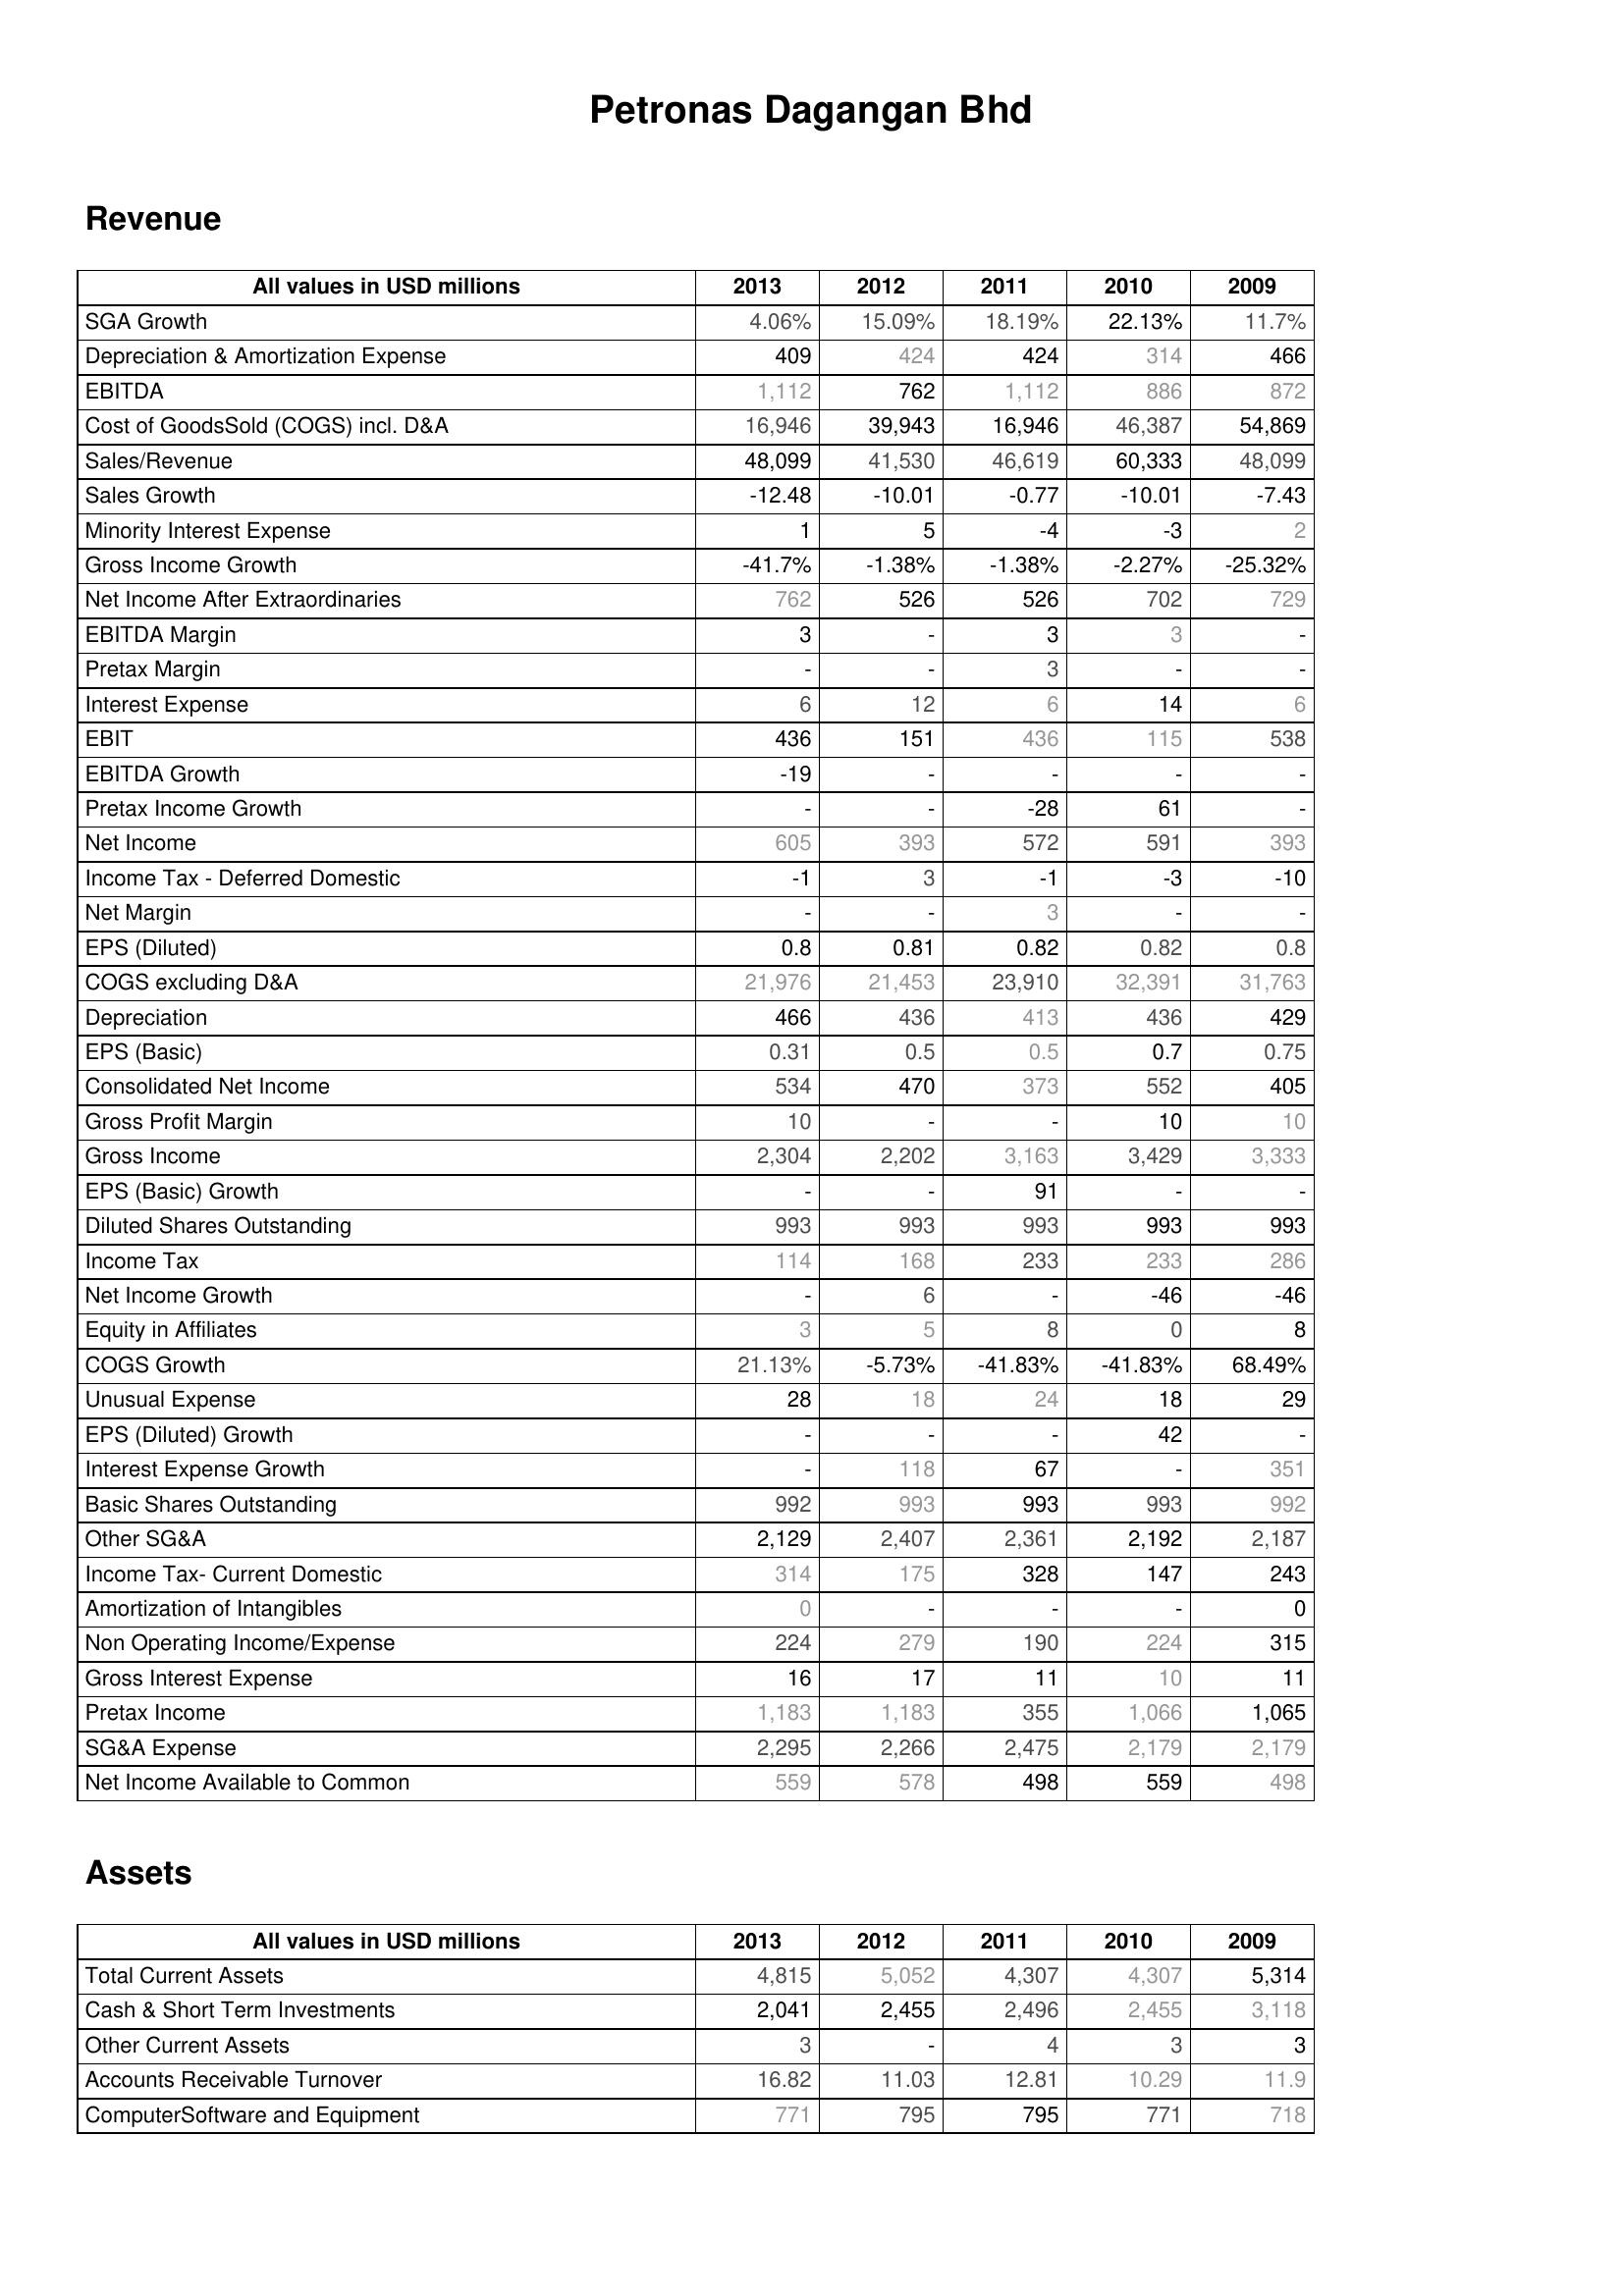
2013: Revenue: SGA Growth: 4.06%
Depreciation & Amortization Expense: 409
EBITDA: 1,112
Cost of GoodsSold (COGS) incl. D&A: 16,946
Sales/Revenue: 48,099
Sales Growth: -12.48
Minority Interest Expense: 1
Gross Income Growth: -41.7%
Net Income After Extraordinaries: 762
EBITDA Margin: 3
Pretax Margin: -
Interest Expense: 6
EBIT: 436
EBITDA Growth: -19
Pretax Income Growth: -
Net Income: 605
Income Tax - Deferred Domestic: -1
Net Margin: -
EPS (Diluted): 0.8
COGS excluding D&A: 21,976
Depreciation: 466
EPS (Basic): 0.31
Consolidated Net Income: 534
Gross Profit Margin: 10
Gross Income: 2,304
EPS (Basic) Growth: -
Diluted Shares Outstanding: 993
Income Tax: 114
Net Income Growth: -
Equity in Affiliates: 3
COGS Growth: 21.13%
Unusual Expense: 28
EPS (Diluted) Growth: -
Interest Expense Growth: -
Basic Shares Outstanding: 992
Other SG&A: 2,129
Income Tax- Current Domestic: 314
Amortization of Intangibles: 0
Non Operating Income/Expense: 224
Gross Interest Expense: 16
Pretax Income: 1,183
SG&A Expense: 2,295
Net Income Available to Common: 559
Assets: Total Current Assets: 4,815
Cash & Short Term Investments: 2,041
Other Current Assets: 3
Accounts Receivable Turnover: 16.82
ComputerSoftware and Equipment: 771
2012: Revenue: SGA Growth: 15.09%
Depreciation & Amortization Expense: 424
EBITDA: 762
Cost of GoodsSold (COGS) incl. D&A: 39,943
Sales/Revenue: 41,530
Sales Growth: -10.01
Minority Interest Expense: 5
Gross Income Growth: -1.38%
Net Income After Extraordinaries: 526
EBITDA Margin: -
Pretax Margin: -
Interest Expense: 12
EBIT: 151
EBITDA Growth: -
Pretax Income Growth: -
Net Income: 393
Income Tax - Deferred Domestic: 3
Net Margin: -
EPS (Diluted): 0.81
COGS excluding D&A: 21,453
Depreciation: 436
EPS (Basic): 0.5
Consolidated Net Income: 470
Gross Profit Margin: -
Gross Income: 2,202
EPS (Basic) Growth: -
Diluted Shares Outstanding: 993
Income Tax: 168
Net Income Growth: 6
Equity in Affiliates: 5
COGS Growth: -5.73%
Unusual Expense: 18
EPS (Diluted) Growth: -
Interest Expense Growth: 118
Basic Shares Outstanding: 993
Other SG&A: 2,407
Income Tax- Current Domestic: 175
Amortization of Intangibles: -
Non Operating Income/Expense: 279
Gross Interest Expense: 17
Pretax Income: 1,183
SG&A Expense: 2,266
Net Income Available to Common: 578
Assets: Total Current Assets: 5,052
Cash & Short Term Investments: 2,455
Other Current Assets: -
Accounts Receivable Turnover: 11.03
ComputerSoftware and Equipment: 795
2011: Revenue: SGA Growth: 18.19%
Depreciation & Amortization Expense: 424
EBITDA: 1,112
Cost of GoodsSold (COGS) incl. D&A: 16,946
Sales/Revenue: 46,619
Sales Growth: -0.77
Minority Interest Expense: -4
Gross Income Growth: -1.38%
Net Income After Extraordinaries: 526
EBITDA Margin: 3
Pretax Margin: 3
Interest Expense: 6
EBIT: 436
EBITDA Growth: -
Pretax Income Growth: -28
Net Income: 572
Income Tax - Deferred Domestic: -1
Net Margin: 3
EPS (Diluted): 0.82
COGS excluding D&A: 23,910
Depreciation: 413
EPS (Basic): 0.5
Consolidated Net Income: 373
Gross Profit Margin: -
Gross Income: 3,163
EPS (Basic) Growth: 91
Diluted Shares Outstanding: 993
Income Tax: 233
Net Income Growth: -
Equity in Affiliates: 8
COGS Growth: -41.83%
Unusual Expense: 24
EPS (Diluted) Growth: -
Interest Expense Growth: 67
Basic Shares Outstanding: 993
Other SG&A: 2,361
Income Tax- Current Domestic: 328
Amortization of Intangibles: -
Non Operating Income/Expense: 190
Gross Interest Expense: 11
Pretax Income: 355
SG&A Expense: 2,475
Net Income Available to Common: 498
Assets: Total Current Assets: 4,307
Cash & Short Term Investments: 2,496
Other Current Assets: 4
Accounts Receivable Turnover: 12.81
ComputerSoftware and Equipment: 795
2010: Revenue: SGA Growth: 22.13%
Depreciation & Amortization Expense: 314
EBITDA: 886
Cost of GoodsSold (COGS) incl. D&A: 46,387
Sales/Revenue: 60,333
Sales Growth: -10.01
Minority Interest Expense: -3
Gross Income Growth: -2.27%
Net Income After Extraordinaries: 702
EBITDA Margin: 3
Pretax Margin: -
Interest Expense: 14
EBIT: 115
EBITDA Growth: -
Pretax Income Growth: 61
Net Income: 591
Income Tax - Deferred Domestic: -3
Net Margin: -
EPS (Diluted): 0.82
COGS excluding D&A: 32,391
Depreciation: 436
EPS (Basic): 0.7
Consolidated Net Income: 552
Gross Profit Margin: 10
Gross Income: 3,429
EPS (Basic) Growth: -
Diluted Shares Outstanding: 993
Income Tax: 233
Net Income Growth: -46
Equity in Affiliates: 0
COGS Growth: -41.83%
Unusual Expense: 18
EPS (Diluted) Growth: 42
Interest Expense Growth: -
Basic Shares Outstanding: 993
Other SG&A: 2,192
Income Tax- Current Domestic: 147
Amortization of Intangibles: -
Non Operating Income/Expense: 224
Gross Interest Expense: 10
Pretax Income: 1,066
SG&A Expense: 2,179
Net Income Available to Common: 559
Assets: Total Current Assets: 4,307
Cash & Short Term Investments: 2,455
Other Current Assets: 3
Accounts Receivable Turnover: 10.29
ComputerSoftware and Equipment: 771
2009: Revenue: SGA Growth: 11.7%
Depreciation & Amortization Expense: 466
EBITDA: 872
Cost of GoodsSold (COGS) incl. D&A: 54,869
Sales/Revenue: 48,099
Sales Growth: -7.43
Minority Interest Expense: 2
Gross Income Growth: -25.32%
Net Income After Extraordinaries: 729
EBITDA Margin: -
Pretax Margin: -
Interest Expense: 6
EBIT: 538
EBITDA Growth: -
Pretax Income Growth: -
Net Income: 393
Income Tax - Deferred Domestic: -10
Net Margin: -
EPS (Diluted): 0.8
COGS excluding D&A: 31,763
Depreciation: 429
EPS (Basic): 0.75
Consolidated Net Income: 405
Gross Profit Margin: 10
Gross Income: 3,333
EPS (Basic) Growth: -
Diluted Shares Outstanding: 993
Income Tax: 286
Net Income Growth: -46
Equity in Affiliates: 8
COGS Growth: 68.49%
Unusual Expense: 29
EPS (Diluted) Growth: -
Interest Expense Growth: 351
Basic Shares Outstanding: 992
Other SG&A: 2,187
Income Tax- Current Domestic: 243
Amortization of Intangibles: 0
Non Operating Income/Expense: 315
Gross Interest Expense: 11
Pretax Income: 1,065
SG&A Expense: 2,179
Net Income Available to Common: 498
Assets: Total Current Assets: 5,314
Cash & Short Term Investments: 3,118
Other Current Assets: 3
Accounts Receivable Turnover: 11.9
ComputerSoftware and Equipment: 718